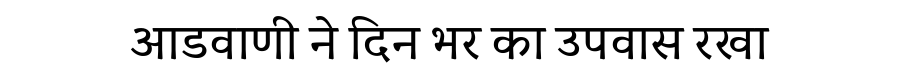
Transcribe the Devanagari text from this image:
आडवाणी ने दिन भर का उपवास रखा